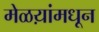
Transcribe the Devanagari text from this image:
मेळय़ांमधून